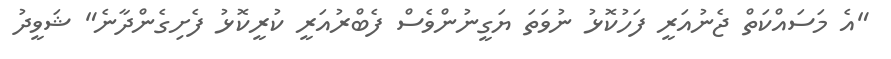
"އެ މަސައްކަތް ޖެނުއަރީ ފަހުކޮޅު ނުވަތަ ޔަގީނުންވެސް ފެބްރުއަރީ ކުރީކޮޅު ފެށިގެންދާނެ" ޝަވީދު